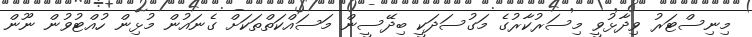
މިނިސްޓަރު ވިދާޅުވީ މިސަރުކާރުގެ މަގުސަދަކީ ބިދޭސީން މަސައްކަތްތަކަށް ގެނައުން މުޅިން ހުއްޓުވުން ނޫން